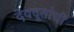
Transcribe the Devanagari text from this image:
देवदूतांची